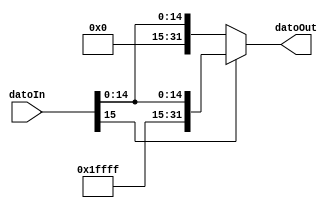
module SIGNEXT(
	input [15:0] datoIn,//entran 16 bits
	output reg [31:0] datoOut//salen 32
);

always@*
begin
	if(datoIn[15])//si el bit mas significativo es 1
	begin
		datoOut={16'b1111111111111111,datoIn};//se concatenan 1
	end
	else
	begin 
		datoOut={16'b0000000000000000,datoIn};//se concatenan 0
	end
	
end
endmodule